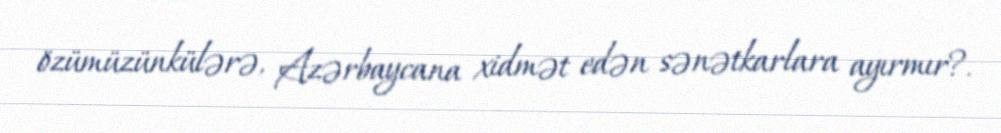
özümüzünkülərə, Azərbaycana xidmət edən sənətkarlara ayırmır?.